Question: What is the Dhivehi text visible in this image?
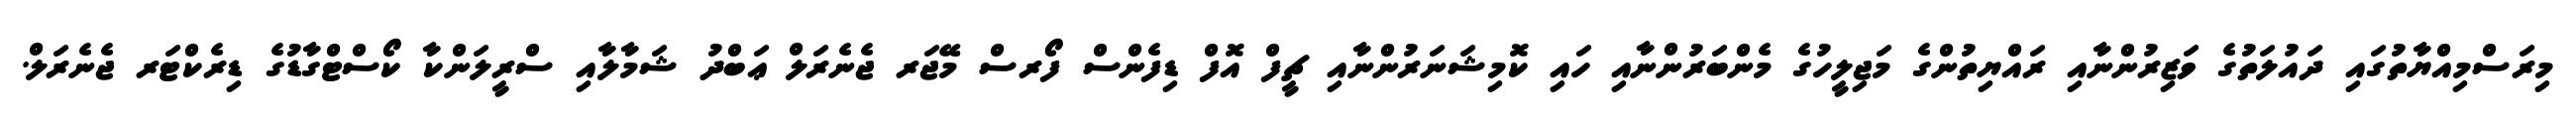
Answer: މިރަސްމިއްޔާތުގައި ދައުލަތުގެ ވަޒިރުންނާއި ރައްޔިތުންގެ މަޖިލީހުގެ މެންބަރުންނާއި ހައި ކޮމިޝަނަރުންނާއި ޗީފް އޮފް ޑިފެންސް ފޯރސް މޭޖަރ ޖެނެރަލް ޢަބްދު ޝަމާލާއި ސްރީލަންކާ ކޯސްޓްގާޑުގެ ޑިރެކްޓަރ ޖެނެރަލް.